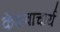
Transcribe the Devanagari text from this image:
केशवाचार्य